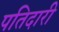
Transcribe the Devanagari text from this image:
पतिदारी